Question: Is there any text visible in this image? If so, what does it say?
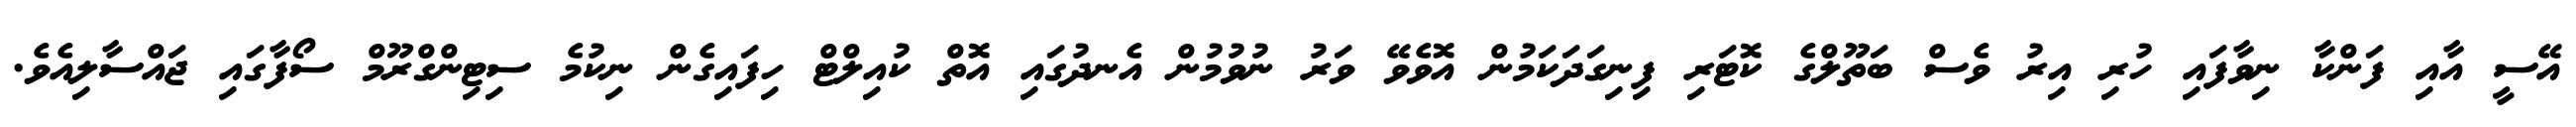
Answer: އޭސީ އާއި ފަންކާ ނިވާފައި ހުރި އިރު ވެސް ބަތޫލްގެ ކޮޓަރި ފިނިގަދަކަމުން އޮވެވޭ ވަރު ނުވުމުން އެނދުގައި އޮތް ކުއިލްޓް ހިފައިގެން ނިކުމެ ސިޓިންގްރޫމް ސޯފާގައި ޖައްސާލިއެވެ.